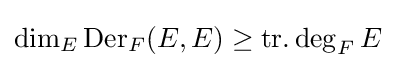
\dim _{E}\operatorname {Der} _{F}(E,E)\geq \operatorname {tr.deg} _{F}E